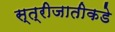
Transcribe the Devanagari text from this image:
स्त्रीजातीकडे